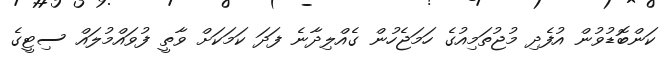
ކަންބޮޑުވުން އުފެދި މުޖުތަމިއުގެ ހަމަޖެހުން ގެއްލިދާނެ ފަދަ ކަމަކަށް ވާތީ ފުވައްމުލައް ސިޓީގެ